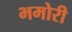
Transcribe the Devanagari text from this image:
भमोरी